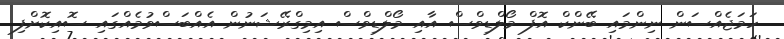
ހަމަޖެއްސަން ނިންމައި ބޭންކް އޮފް މޯލްޑިވްސް އާއި މޯލްޑިވްސް އިމިގްރޭޝަނުން އެއްބަސްވުމެއްގައި ސޮއިކޮށްފި